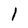
Character: l